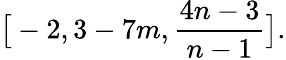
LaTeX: \big[-2,3-7m,\frac{4n-3}{n-1}\big].